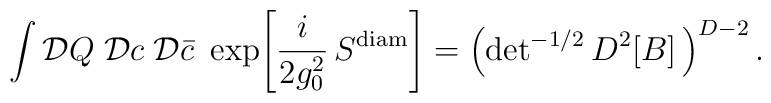
\int {\cal D}Q\;{\cal D}c\; {\cal D}{\bar c} ~      \exp\!\left[ \frac{i}{2 g_0^2}\, S^{\rm diam} \right] =        \left( {\rm det}^{-1/2}\,D^2[B] \,\right)^{D-2}.